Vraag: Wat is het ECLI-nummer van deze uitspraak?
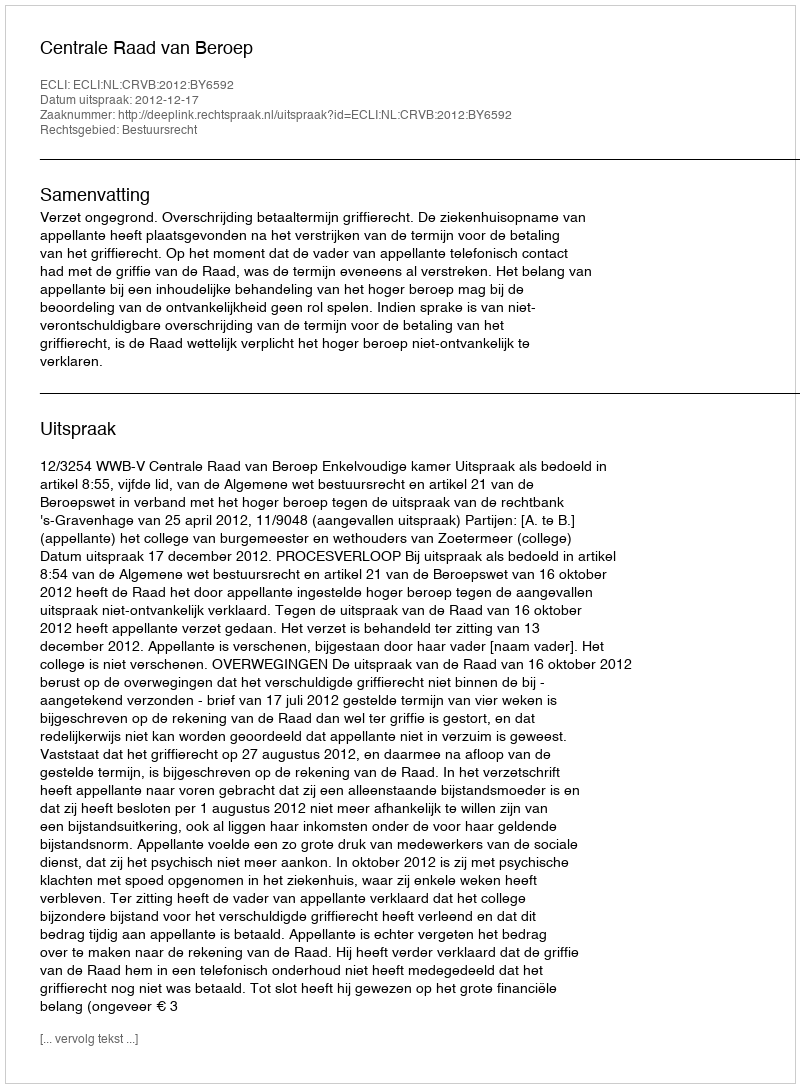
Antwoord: ECLI:NL:CRVB:2012:BY6592